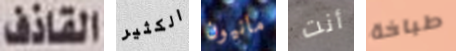
القاذف الكثير مانيون أنت طباخة